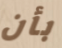
بأن